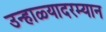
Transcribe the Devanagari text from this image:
उन्हाळ्यादरम्यान